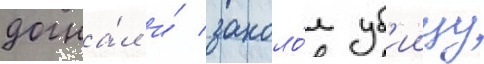
догна́л и́ заколо́л уб'иицу